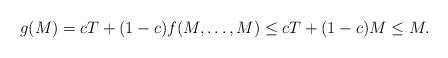
LaTeX: \begin{align*}g(M)= c T + (1-c) f(M,\dots,M) \le c T + (1-c)M \le M.\end{align*}